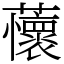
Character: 蘹